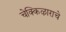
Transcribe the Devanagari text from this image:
चेक्किऴाराचे